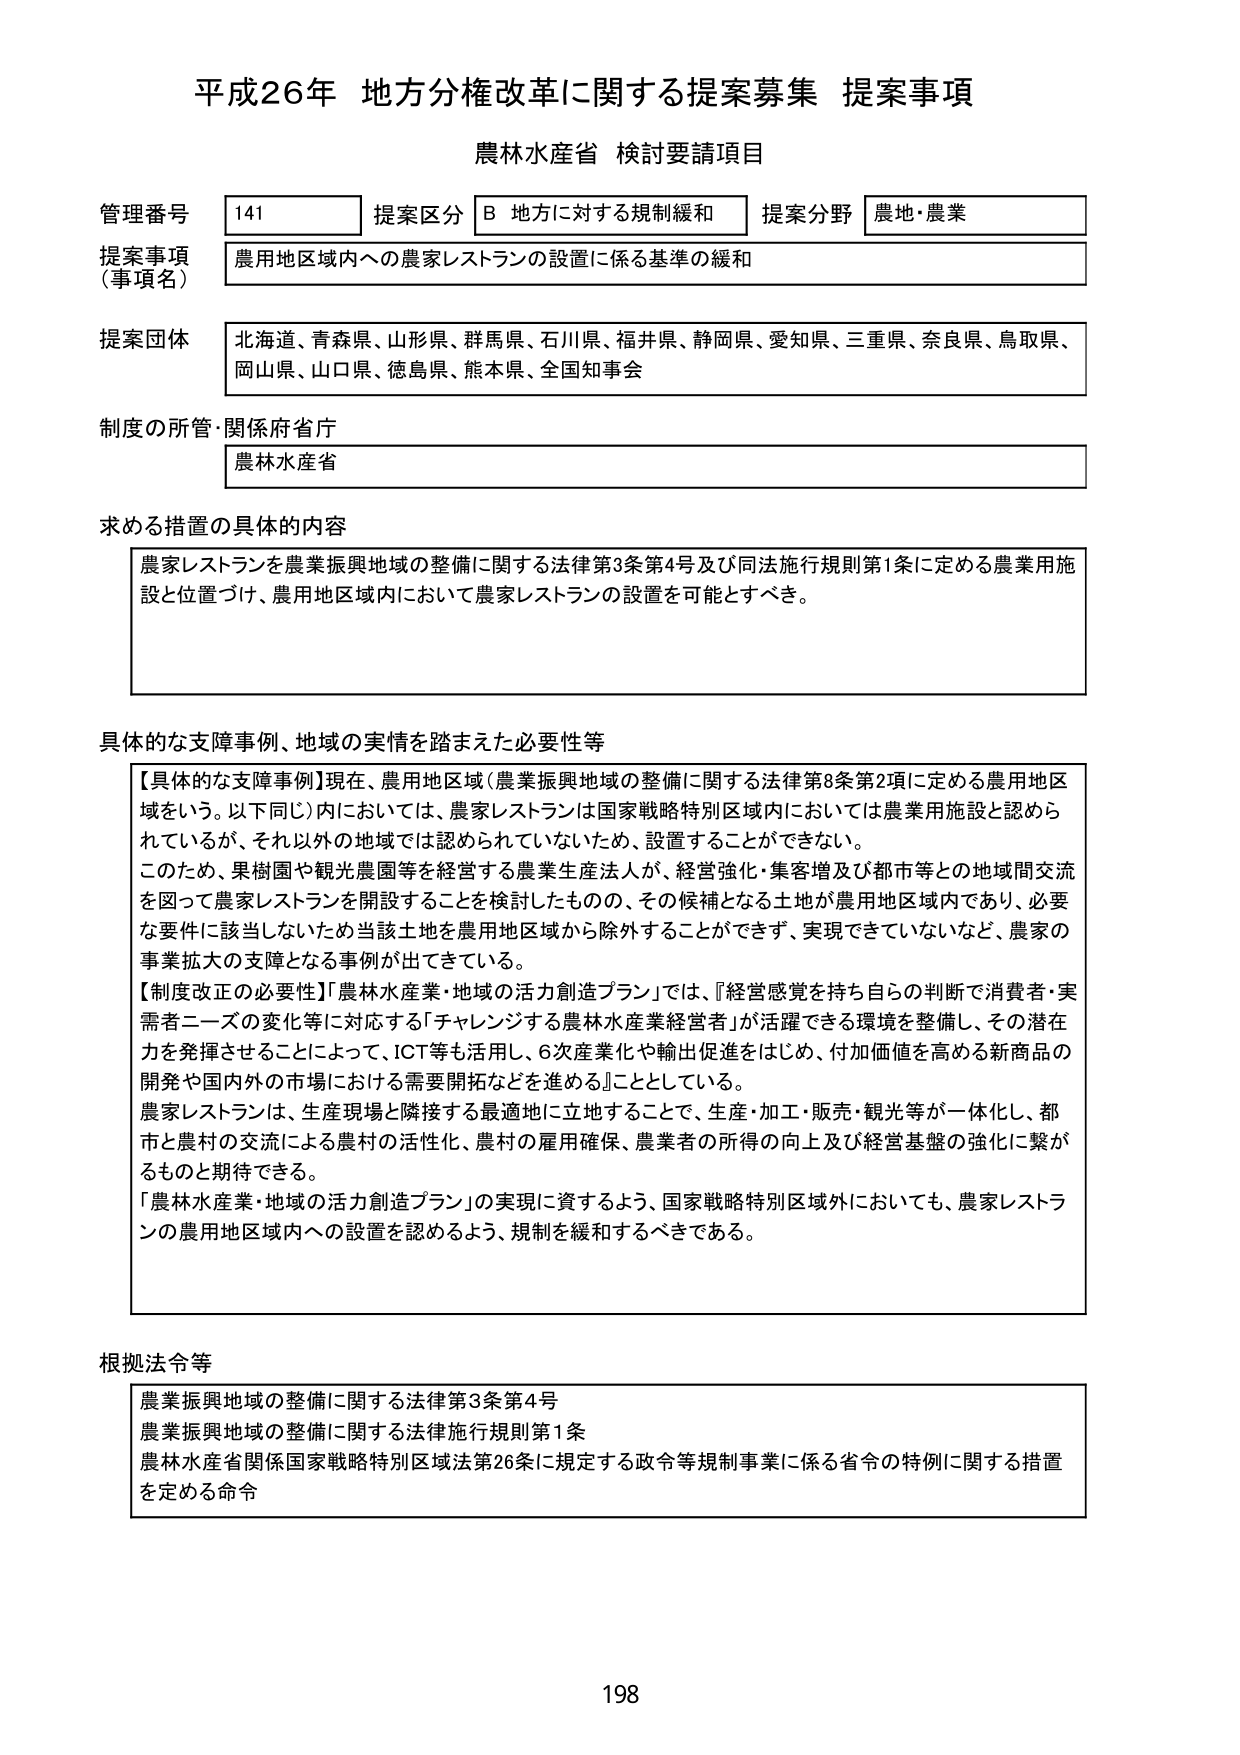
平成26年 地方分権改革に関する提案募集 提案事項
農林水産省 検討要請項目

管理番号 141 提案区分 B 地方に対する規制緩和 提案分野 農地・農業
提案事項（事項名） 農用地区域内への農家レストランの設置に係る基準の緩和

提案団体 北海道、青森県、山形県、群馬県、石川県、福井県、静岡県、愛知県、三重県、奈良県、鳥取県、岡山県、山口県、徳島県、熊本県、全国知事会

制度の所管・関係府省庁 農林水産省

求める措置の具体的内容
農家レストランを農業振興地域の整備に関する法律第3条第4号及び同法施行規則第1条に定める農業用施設と位置づけ、農用地区域内において農家レストランの設置を可能とすべき。

具体的な支障事例、地域の実情を踏まえた必要性等
【具体的な支障事例】現在、農用地区域（農業振興地域の整備に関する法律第8条第2項に定める農用地区域をいう。以下同じ）内においては、農家レストランは国家戦略特別区域内においては農業用施設と認められているが、それ以外の地域では認められていないため、設置することができない。
このため、果樹園や観光農園等を経営する農業生産法人が、経営強化・集客増及び都市等との地域間交流を図って農家レストランを開設することを検討したもの、その候補となる土地が農用地区域内であり、必要な要件に該当しないため当該土地を農用地区域から除外することができず、実現できていないなど、農家の事業拡大の支障となる事例が出てきている。
【制度改正の必要性】「農林水産業・地域の活力創造プラン」では、「経営感覚を持ち自らの判断で消費者・実需者ニーズの変化等に対応する「チャレンジする農林水産業経営者」が活躍できる環境を整備し、その潜在力を発揮させることによって、ICT等も活用し、6次産業化や輸出促進をはじめ、付加価値を高める新商品の開発や国内外の市場における需要開拓などを進める」こととしている。
農家レストランは、生産現場と隣接する最適地に立地することで、生産・加工・販売・観光等が一体化し、都市と農村の交流による農村の活性化、農村の雇用確保、農業者の所得の向上及び経営基盤の強化に繋がるものと期待できる。
「農林水産業・地域の活力創造プラン」の実現に資するよう、国家戦略特別区域外においても、農家レストランの農用地区域内への設置を認めるよう、規制を緩和するべきである。

根拠法令等
農業振興地域の整備に関する法律第3条第4号
農業振興地域の整備に関する法律施行規則第1条
農林水産省関係国家戦略特別区域法第26条に規定する政令等規制事業に係る省令の特例に関する措置を定める命令

198